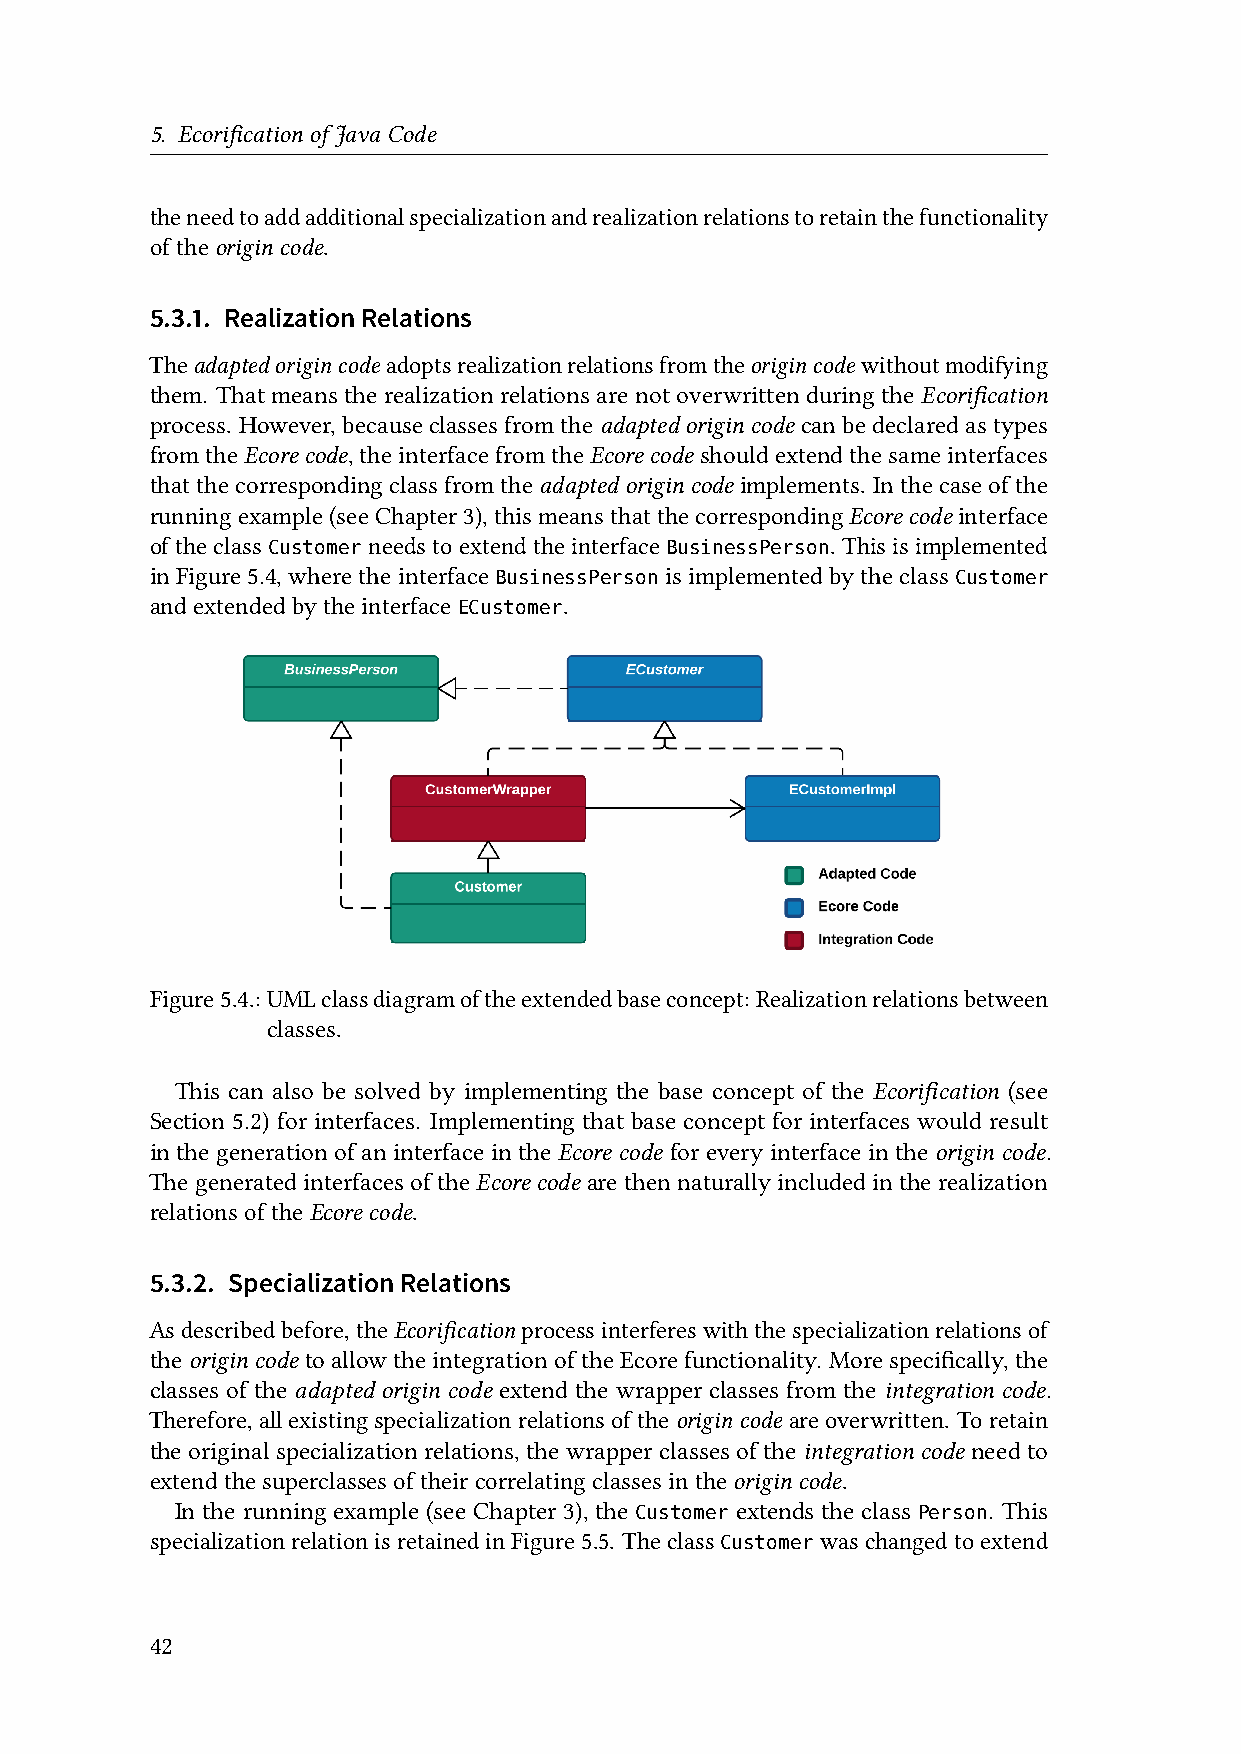
5. EcorificationofJavaCode
 theneedtoaddadditionalspecializationandrealizationrelationstoretainthefunctionality
 oftheorigincode.
 5.3.1. RealizationRelations
 Theadaptedorigincodeadoptsrealizationrelationsfromtheorigincodewithoutmodifying
 them. That means the realization relations are not overwritten during the Ecorification
 process. However,becauseclassesfromtheadaptedorigincode canbedeclaredastypes
 fromtheEcorecode,theinterfacefromtheEcorecode shouldextendthesameinterfaces
 thatthecorrespondingclassfromtheadaptedorigincode implements. Inthecaseofthe
 runningexample(seeChapter3),thismeansthatthecorrespondingEcorecode interface
 oftheclass    needstoextendtheinterface      . Thisisimplemented
 Customer                  BusinessPerson
 inFigure 5.4,where theinterface   isimplemented bytheclass
 BusinessPerson                Customer
 andextendedbytheinterface  .
 ECustomer
 Figure5.4.:UMLclassdiagramoftheextendedbaseconcept: Realizationrelationsbetween
 classes.
 This can also be solved by implementing the base concept of the Ecorification (see
 Section 5.2) for interfaces. Implementing that base concept for interfaces would result
 in the generation of an interface in the Ecore code for every interface in the origin code.
 ThegeneratedinterfacesoftheEcorecode arethennaturallyincludedintherealization
 relationsoftheEcorecode.
 5.3.2. SpecializationRelations
 Asdescribedbefore,theEcorificationprocessinterfereswiththespecializationrelationsof
 theorigincode toallowtheintegrationoftheEcorefunctionality. Morespecifically,the
 classes of the adapted origin code extend the wrapper classes from the integration code.
 Therefore,allexistingspecializationrelationsoftheorigincode areoverwritten. Toretain
 the original specialization relations, the wrapper classes of the integration code need to
 extendthesuperclassesoftheircorrelatingclassesintheorigincode.
 In the running example (see Chapter 3), the extends the class . This
 Customer           Person
 specializationrelationisretainedinFigure5.5. Theclass waschangedtoextend
 Customer
 42